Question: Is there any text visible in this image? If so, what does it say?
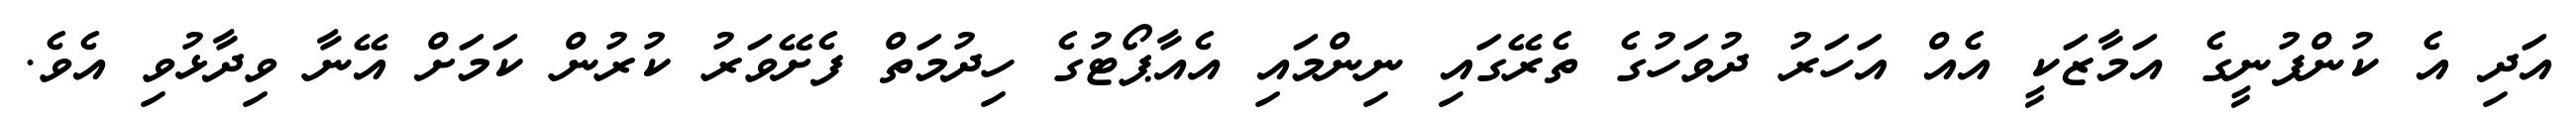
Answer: އަދި އެ ކުންފުނީގެ އަމާޒަކީ އެއް އަހަރު ދުވަހުގެ ތެރޭގައި ނިންމައި އެއާޕޯޓުގެ ހިދުމަތް ފެށޭވަރު ކުރުން ކަމަށް އޭނާ ވިދާޅުވި އެވެ.